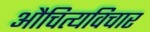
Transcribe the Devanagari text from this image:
औचित्यविचार